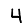
Digit: 4